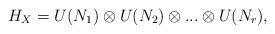
LaTeX: \begin{align*}H_X=U(N_1)\otimes U(N_2)\otimes...\otimes U(N_r),\end{align*}